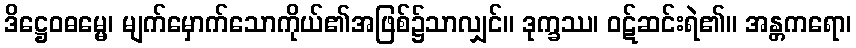
ဒိဋ္ဌေဝဓမ္မေ၊ မျက်မှောက်သောကိုယ်၏အဖြစ်၌သာလျှင်။ ဒုက္ခဿ၊ ဝဋ်ဆင်းရဲ၏။ အန္တကရော၊